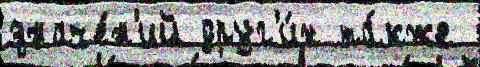
значе́н'ий друг'и́х та́кже